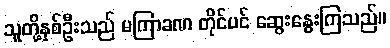
သူတို့နှစ်ဦးသည် မကြာခဏ တိုင်ပင် ဆွေးနွေးကြသည်။